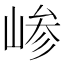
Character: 𫶅